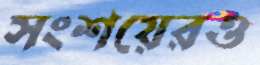
সংশয়েরও